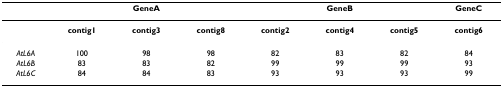
|  | <COLSPAN=3> GeneA | <COLSPAN=3> GeneB | GeneC |
 | --- | --- | --- | --- | --- | --- | --- | --- |
 |  | contig1 | contig3 | contig8 | contig2 | contig4 | contig5 | contig6 |
 | AtL6A | 100 | 98 | 98 | 82 | 83 | 82 | 84 |
 | AtL6B | 83 | 83 | 82 | 99 | 99 | 99 | 93 |
 | AtL6C | 84 | 84 | 83 | 93 | 93 | 93 | 99 |